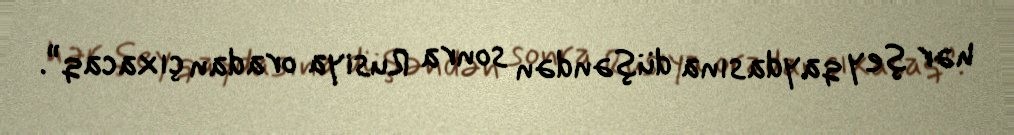
hər şey qaydasına düşəndən sonra Rusiya oradan çıxacaq”.